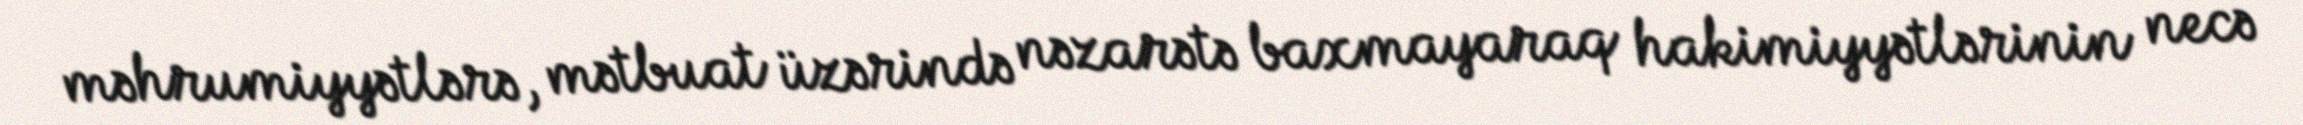
məhrumiyyətlərə, mətbuat üzərində nəzarətə baxmayaraq hakimiyyətlərinin necə